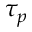
\tau _ { p }